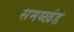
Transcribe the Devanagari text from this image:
समय्खंड